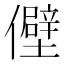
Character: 𫤃